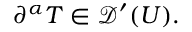
\partial ^ { \alpha } T \in { \mathcal { D } } ^ { \prime } ( U ) .